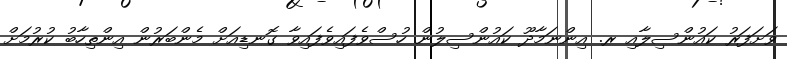
ވަށަފަރު ކައުންސިލާއި ރ. އިންނަމާދޫ ކައުންސިލުން ހުސްވެފައިވެފައިވާ ގޮނޑިއަށް މެންބަރުން އިންތިހާބު ކުރުމަށް